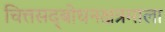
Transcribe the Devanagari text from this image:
चित्तसद्‍बोधनक्षत्रमाला